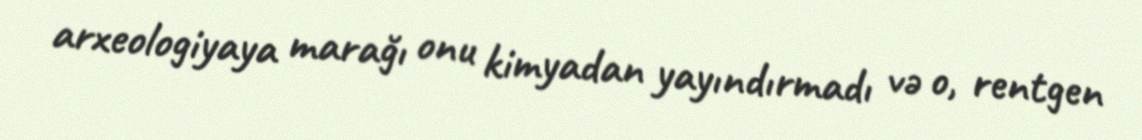
arxeologiyaya marağı onu kimyadan yayındırmadı və o, rentgen